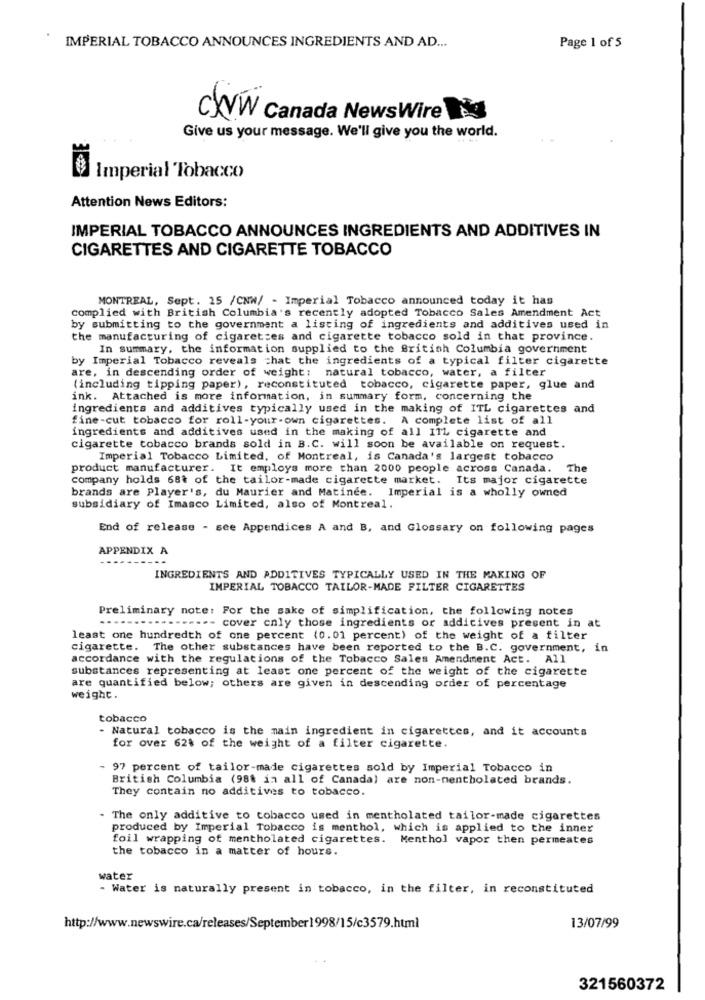
IMPERIAL TOBACCO ANNOUNCES INGREDIENTS AND AD ...
Page 1 of 5
CXVW Canada NewsWire
Give us your message. We'll give you the world.
Imperial Tobacco
Attention News Editors:
IMPERIAL TOBACCO ANNOUNCES INGREDIENTS AND ADDITIVES IN
CIGARETTES AND CIGARETTE TOBACCO
MONTREAL, Sept. 25 /CNW/ - Imperial Tobacco announced today it has
complied with British Columbia's recently adopted Tobacco Sales Amendment Act
by submitting to the government a listing of ingredients and additives used in
the manufacturing of cigarettes and cigarette tobacco sold in that province.
In summary, the information supplied to the British Columbia government
by Imperial Tobacco reveals chat the ingredients of a typical filter cigarette
are, in descending order of weight: natural tobacco, water, a filter
(including tipping paper), reconstituted tobacco, cigarette paper, glue and
ink. Attached is more information, in summary form, concerning the
ingredients and additives typically used in the making of ITL cigarettes and
fine-cut tobacco for roll-your-own cigarettes. A complete list of all
ingredients and additives used in the making of all I1L cigarette and
cigarette tobacco brands sold in B.C. will soon be available on request.
Imperial Tobacco Limited, of Montreal, is Canada's largest tobacco
product manufacturer. It employs more than 2000 people across Canada. The
company holds 68t of the tailor-made cigarette market. Its major cigarette
brands are Player's, du Maurier and Matinee. Imperial is a wholly owned
subsidiary of Imasco Limited, also of Montreal.
End of release - see Appendices A and B, and Glossary on following pages
APPENDIX A
---
INGREDIENTS AND ADDITIVES TYPICALLY USED IN THE MAKING OF
IMPERIAL TOBACCO TAILOR-MADE FILTER CIGARETTES
Preliminary note: For the sake of simplification, the following notes
.-- cover only those ingredients or additives present in at
least one hundredth of one percent (0.01 percent) of the weight of a filter
cigarette.
The other substances have been reported to the B.C. government, in
accordance with the regulations of the Tobacco Sales Amendment Act. All
substances representing at least one percent of the weight of the cigarette
are quantified below; others are given in descending order of percentage
weight.
tobacco
- Natural tobacco is the main ingredient in cigarettes, and it accounts
for over 62% of the weight of a filter cigarette.
- 97 percent of tailor-made cigarettes sold by Imperial Tobacco in
British Columbia (98% in all of Canada) are non-mentholated brands.
They contain no additives to tobacco.
- The only additive to tobacco used in mentholated tailor-made cigarettes
produced by Imperial Tobacco is menthol, which is applied to the inner
foil wrapping of mentholated cigarettes. Menthol vapor then permeates
the tobacco in a matter of hours.
water
- Water is naturally present in tobacco, in the filter, in reconstituted
13/07/99
http://www.newswire.ca/releases/September1998/15/c3579.html
321560372